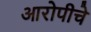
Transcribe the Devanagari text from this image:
आरोपीचे